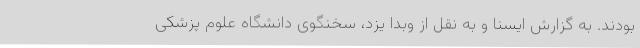
بودند. به گزارش ایسنا و به نقل از وبدا یزد، سخنگوی دانشگاه علوم پزشکی